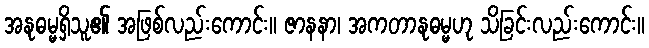
အနုဓမ္မရှိသူ၏ အဖြစ်လည်းကောင်း။ ဇာနနာ၊ အကတာနုဓမ္မဟု သိခြင်းလည်းကောင်း။